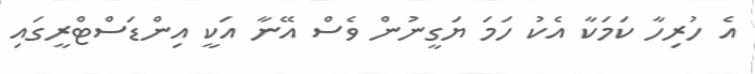
އެ ހުރިހާ ކަމަކާ އެކު ހަމަ ޔަގީނުން ވެސް އޭނާ އަކީ އިންޑަސްޓްރީގައި